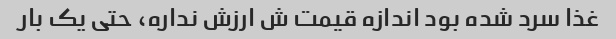
غذا سرد شده بود اندازه قیمت ش ارزش نداره، حتی یک بار